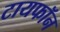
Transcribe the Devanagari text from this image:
टायफॉन